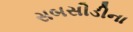
સબસીડીના